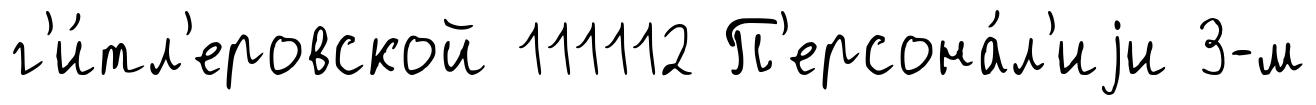
г'и́тл'еровской 111112 П'ерсона́л'иjи 3-м